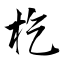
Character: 杚